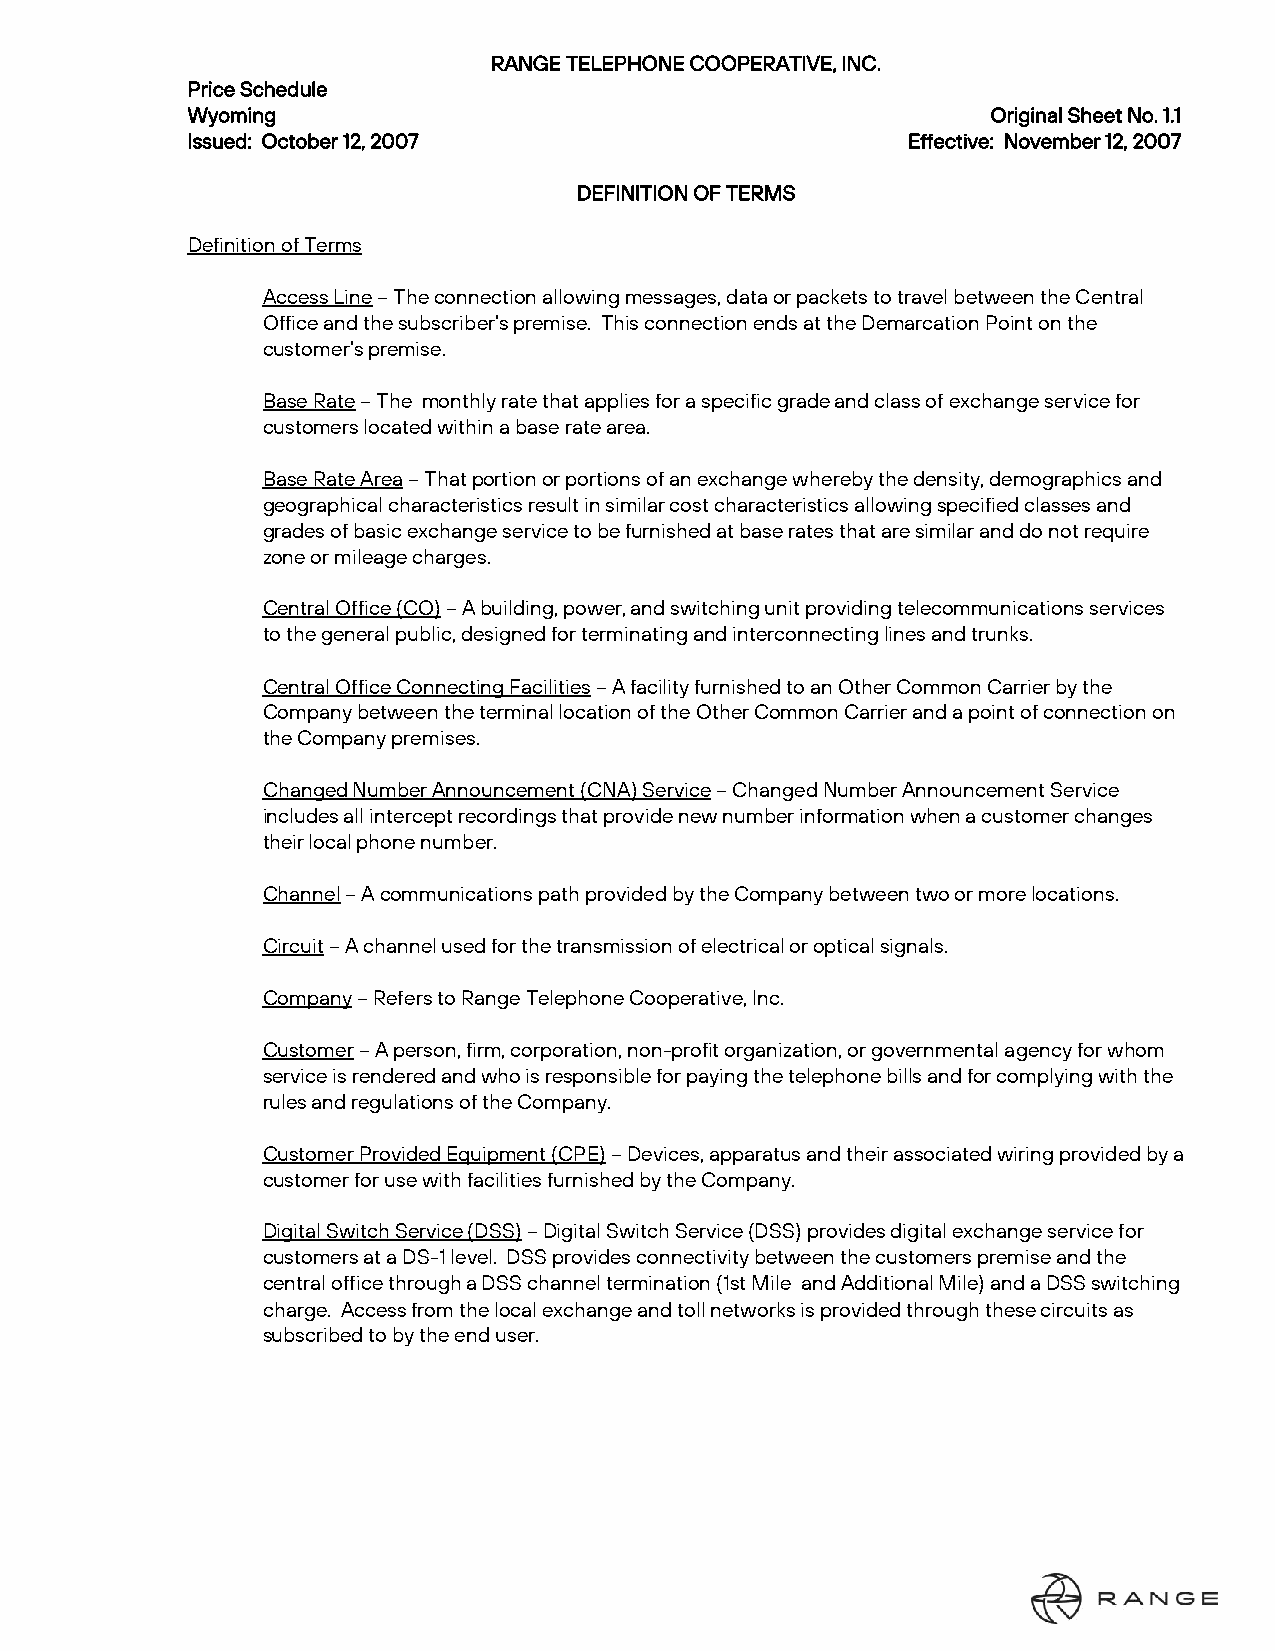
RANGE TELEPHONE COOPERATIVE, INC.
 Price Schedule
 Wyoming                                               Original Sheet No. 1.1
 Issued: October 12, 2007                        Effective: November 12, 2007
 DEFINITION OF TERMS
 Definition of Terms
 Access Line – The connection allowing messages, data or packets to travel between the Central
 Office and the subscriber’s premise. This connection ends at the Demarcation Point on the
 customer’s premise.
 Base Rate – The monthly rate that applies for a specific grade and class of exchange service for
 customers located within a base rate area.
 Base Rate Area – That portion or portions of an exchange whereby the density, demographics and
 geographical characteristics result in similar cost characteristics allowing specified classes and
 grades of basic exchange service to be furnished at base rates that are similar and do not require
 zone or mileage charges.
 Central Office (CO) – A building, power, and switching unit providing telecommunications services
 to the general public, designed for terminating and interconnecting lines and trunks.
 Central Office Connecting Facilities – A facility furnished to an Other Common Carrier by the
 Company between the terminal location of the Other Common Carrier and a point of connection on
 the Company premises.
 Changed Number Announcement (CNA) Service – Changed Number Announcement Service
 includes all intercept recordings that provide new number information when a customer changes
 their local phone number.
 Channel – A communications path provided by the Company between two or more locations.
 Circuit – A channel used for the transmission of electrical or optical signals.
 Company – Refers to Range Telephone Cooperative, Inc.
 Customer – A person, firm, corporation, non-profit organization, or governmental agency for whom
 service is rendered and who is responsible for paying the telephone bills and for complying with the
 rules and regulations of the Company.
 Customer Provided Equipment (CPE) – Devices, apparatus and their associated wiring provided by a
 customer for use with facilities furnished by the Company.
 Digital Switch Service (DSS) – Digital Switch Service (DSS) provides digital exchange service for
 customers at a DS-1 level. DSS provides connectivity between the customers premise and the
 central office through a DSS channel termination (1st Mile and Additional Mile) and a DSS switching
 charge. Access from the local exchange and toll networks is provided through these circuits as
 subscribed to by the end user.